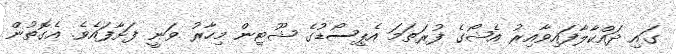
ގައި ދައްކާލާފައިވާއިރު އެޝޯގެ ފުރަތަމަ އެޕިސޯޑުގެ ޝޫޓިން މިހާރު ވަނީ ފަށާފައެވެ. އެގޮތުން